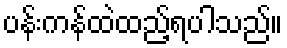
ပန်းကန်ထဲထည့်ရပါသည်။